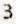
3